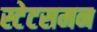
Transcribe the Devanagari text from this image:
स्टेटसमन